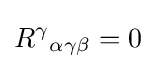
R^{\gamma }{}_{\alpha \gamma \beta }=0